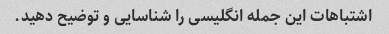
اشتباهات این جمله انگلیسی را شناسایی و توضیح دهید.